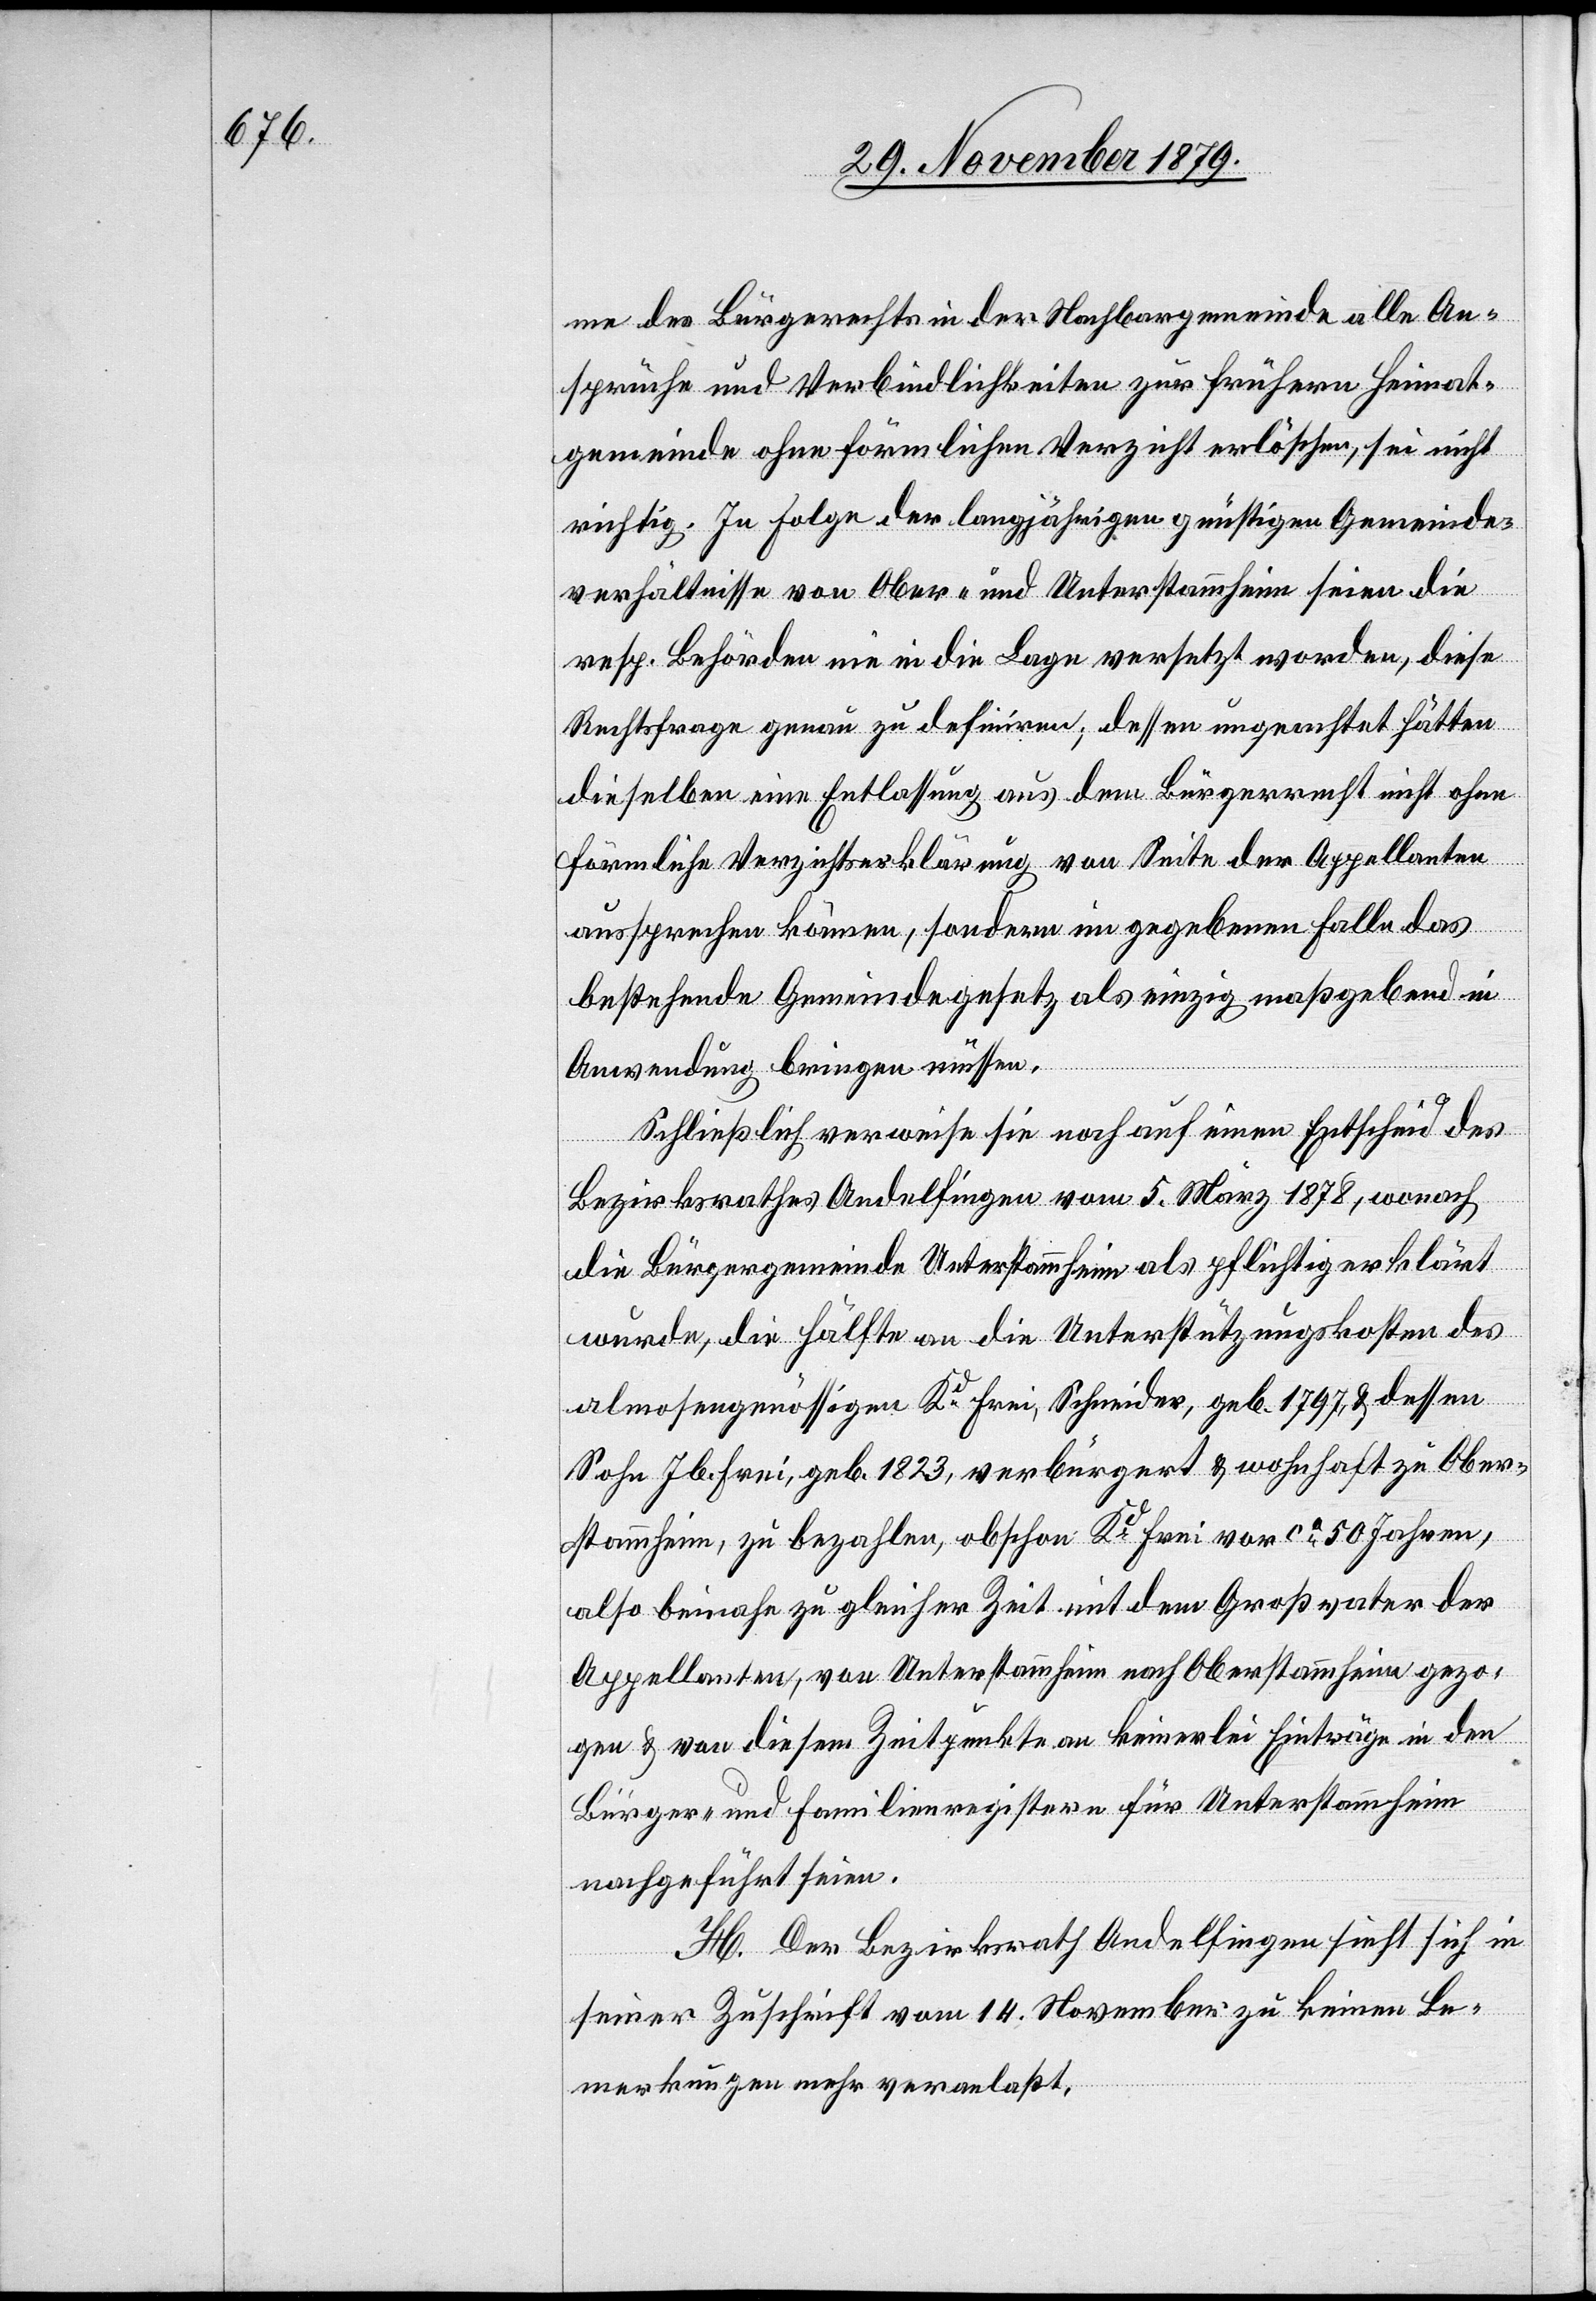
me des Bürgerrechtes in der Nachbargemeinde alle An¬
sprüche und Verbindlichkeiten zur frühern Heimat¬
gemeinde ohne förmlichen Verzicht erlöschen, sei nicht
richtig. In Folge der langjährigen günstigen Gemeinde¬
verhältnisse von Ober- und Unterstammheim seien die
resp. Behörden nie in die Lage versetzt worden, diese
Rechtsfrage genau zu definiren; dessen ungeachtet hätten
dieselben eine Entlassung aus dem Bürgerrecht nicht ohne
förmliche Verzichtserklärung von Seite der Appellanten
aussprechen können, sondern im gegebenen Falle das
bestehende Gemeindegesetz als einzig maßgebend in
Anwendung bringen müssen.
Schließlich verweise sie noch auf einen Entscheid des
Bezirksrathes Andelfingen vom 5. März 1878, wonach
die Bürgergemeinde Unterstammheim als pflichtig erklärt
wurde, die Hälfte an die Unterstützungskosten des
almosengenössigen Kd Frei, Schneider, geb. 1797, & dessen
Sohn Jb. Frei, geb. 1823, verbürgert & wohnhaft zu Ober¬
stammheim, zu bezahlen, obschon Kd Frei vor ca 50 Jahren,
also beinahe zu gleicher Zeit mit dem Großvater der
Appellanten, von Unterstammheim nach Oberstammheim gezo¬
gen & von diesem Zeitpunkte an keinerlei Einträge in den
Bürger- und Familienregistern für Unterstammheim
nachgeführt seien.
H. Der Bezirksrath Andelfingen sieht sich in
seiner Zuschrift vom 14. November zu keinen Be¬
merkungen mehr veranlaßt.